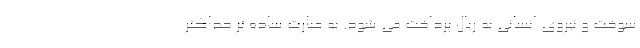
سوخت و نیروی انسانی به ریال پرداخت می شود. به عبارت ساده تر حداکثر